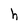
Character: h